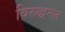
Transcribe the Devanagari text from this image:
विरुद्धमत